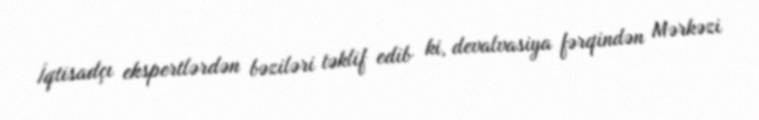
İqtisadçı ekspertlərdən bəziləri təklif edib ki, devalvasiya fərqindən Mərkəzi